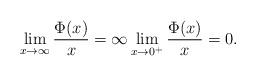
LaTeX: \begin{align*}\lim_{x\to\infty}\frac{\Phi(x)}{x}=\infty\lim_{x\to 0^+}\frac{\Phi(x)}{x}=0.\end{align*}